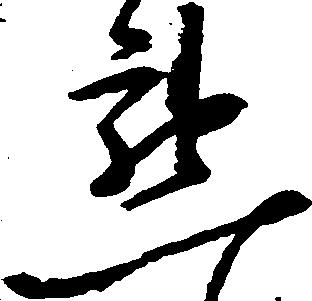
懇